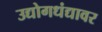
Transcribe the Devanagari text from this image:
उद्योगधंद्यावर